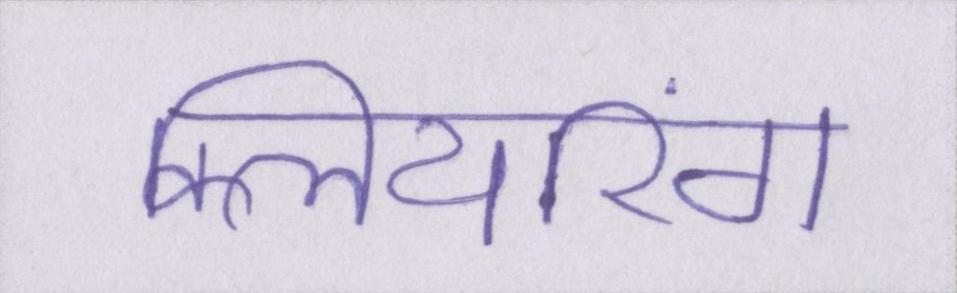
क्लियरिंग